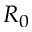
R _ { 0 }